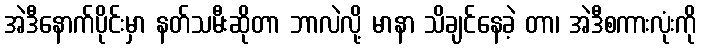
အဲဒီနောက်ပိုင်းမှာ နတ်သမီးဆိုတာ ဘာလဲလို့ မာနာ သိချင်နေခဲ့ တာ၊ အဲဒီစကားလုံးကို